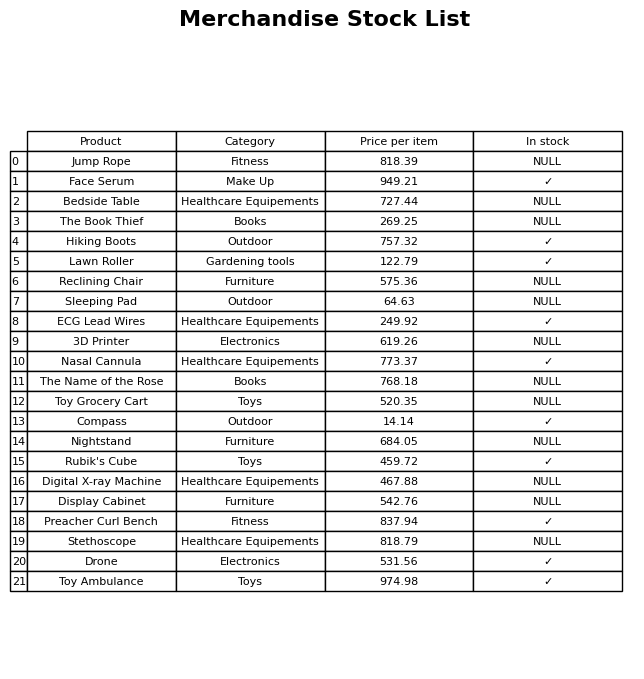
question: What is the price for Compass?
answer: The price of Compass is 14.14.